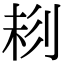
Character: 𠝁